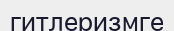
гитлеризмге